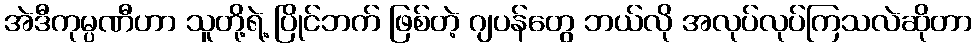
အဲဒီကုမ္ပဏီဟာ သူတို့ရဲ့ ပြိုင်ဘက် ဖြစ်တဲ့ ဂျပန်တွေ ဘယ်လို အလုပ်လုပ်ကြသလဲဆိုတာ